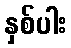
နှစ်ပါး